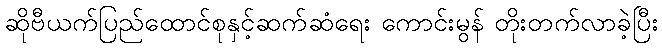
ဆိုဗီယက်ပြည်ထောင်စုနှင့်ဆက်ဆံရေး ကောင်းမွန် တိုးတက်လာခဲ့ပြီး